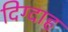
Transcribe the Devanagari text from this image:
दिग्दाह